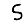
Digit: 5